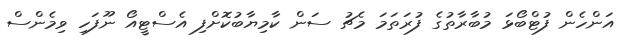
އަންހެން ފުޓްބޯޅަ މުބާރާތުގެ ފުރަތަމަ މެޗު ސަން ކާމިޔާބުކޮށްފި އެސްޓީއޯ ނޫފަހި ވިމެންސް